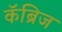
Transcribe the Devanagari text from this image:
कॅंब्रिज